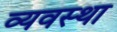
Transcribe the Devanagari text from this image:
व्यवस्था